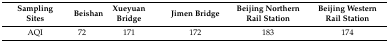
<table><thead><tr><td><b>Sampling Sites</b></td><td><b>Beishan</b></td><td><b>Xueyuan Bridge</b></td><td><b>Jimen Bridge</b></td><td><b>Beijing Northern Rail Station</b></td><td><b>Beijing Western Rail Station</b></td></tr></thead><tbody><tr><td>AQI</td><td>72</td><td>171</td><td>172</td><td>183</td><td>174</td></tr></tbody></table>